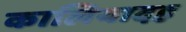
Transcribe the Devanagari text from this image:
कालियादह